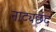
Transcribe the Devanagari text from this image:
नाट्यछंद